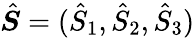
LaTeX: \hat{\boldsymbol{S}}=(\hat{S}_{1},\hat{S}_{2},\hat{S}_{3})